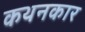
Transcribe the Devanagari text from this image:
कथनकार